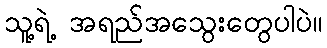
သူ့ရဲ့ အရည်အသွေးတွေပါပဲ။